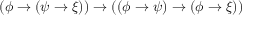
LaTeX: \left( \phi \to \left( \psi \rightarrow \xi \right) \right) \to \left( \left( \phi \to \psi \right) \to \left( \phi \to \xi \right) \right)